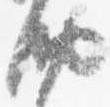
納